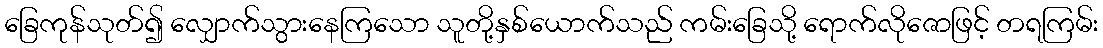
ခြေကုန်သုတ်၍ လျှောက်သွားနေကြသော သူတို့နှစ်ယောက်သည် ကမ်းခြေသို့ ရောက်လိုဇောဖြင့် တရကြမ်း